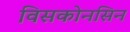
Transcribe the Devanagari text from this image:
विसकोनसिन